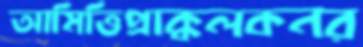
আমিত্তিপ্রাক্কলকনর